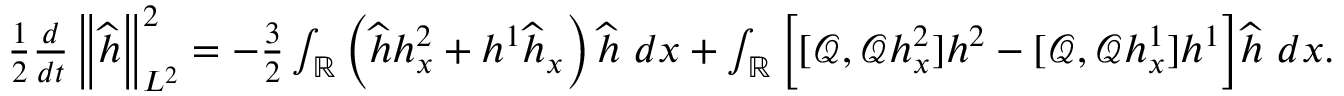
\begin{array} { r } { \frac { 1 } { 2 } \frac { d } { d t } \left\| \widehat { h } \right\| _ { L ^ { 2 } } ^ { 2 } = - \frac { 3 } { 2 } \int _ { \mathbb R } \left( \widehat { h } h _ { x } ^ { 2 } + h ^ { 1 } \widehat { h } _ { x } \right) \widehat { h } \ d x + \int _ { \mathbb R } \bigg [ [ \mathscr { Q } , \mathscr { Q } h _ { x } ^ { 2 } ] h ^ { 2 } - [ \mathscr { Q } , \mathscr { Q } h _ { x } ^ { 1 } ] h ^ { 1 } \bigg ] \widehat { h } \ d x . } \end{array}